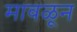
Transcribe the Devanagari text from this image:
मावळून